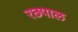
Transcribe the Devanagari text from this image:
रछपाल